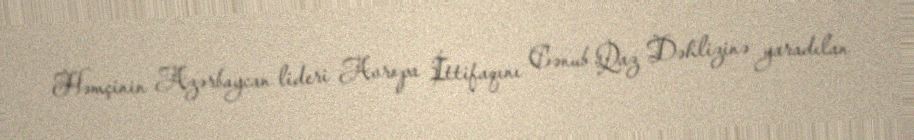
Həmçinin Azərbaycan lideri Avropa İttifaqını Cənub Qaz Dəhlizinə yaradılan